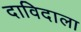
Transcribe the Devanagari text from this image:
दाविदाला